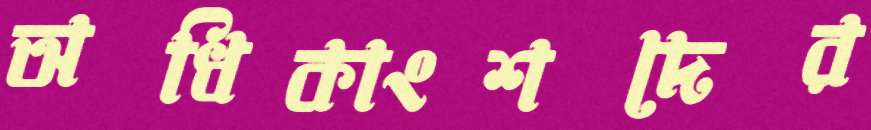
অধিকাংশদের